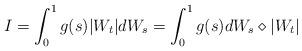
LaTeX: \begin{align*}I=\int_{0}^{1} g(s)|W_t| dW_s = \int_{0}^{1} g(s)dW_s \diamond |W_t|\end{align*}